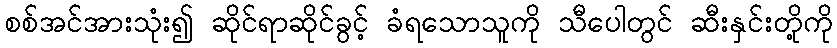
စစ်အင်အားသုံး၍ ဆိုင်ရာဆိုင်ခွင့် ခံရသောသူကို သီပေါတွင် ဆီးနှင်းတို့ကို